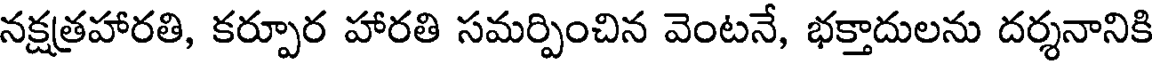
నక్షత్రహారతి, కర్పూర హారతి సమర్పించిన వెంటనే, భక్తాదులను దర్శనానికి